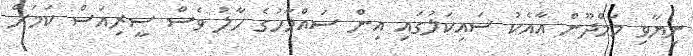
ނިޔާވި މަމްދޫން އާއެކު ސައިކަލުގައި އިން ސައްމާހުގެ ހާލު ވެސް ސީރިއަސް ކަމަށް